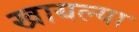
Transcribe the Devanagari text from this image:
खायल्या